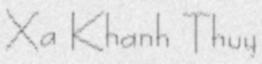
Xa Khanh Thuy